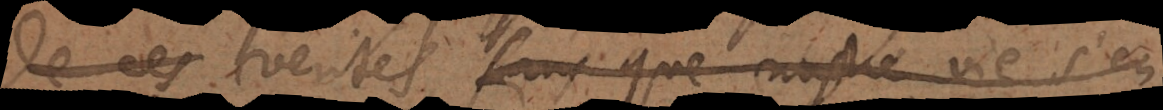
de ces verités, sans que nostre vie